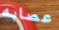
عصابه